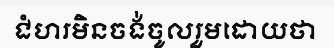
ជំហរមិនចង់ចូលរួមដោយថា